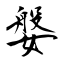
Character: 媻